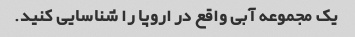
یک مجموعه آبی واقع در اروپا را شناسایی کنید.